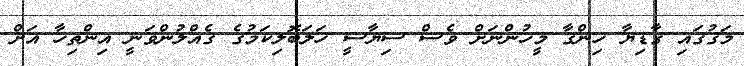
މަގުގައި ގާޑިޔާ ހިންގާ މީހުންނަށް ވެސް ސިޔާސީ ހަލަބޮލިކަމުގެ ގެއްލުންވަނީ އިންތިހާ އަށް